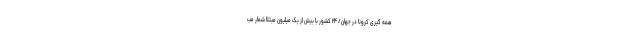
همه گیری کرونا در جهان/ ۲۴ کشور با بیش از یک میلیون مبتلا شمار مب